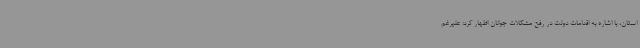
استان، با اشاره به اقدامات دولت در رفع مشکلات جوانان اظهار کرد: علیرغم